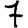
Digit: 7